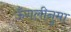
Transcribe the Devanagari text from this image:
ऊँगलीनुमा